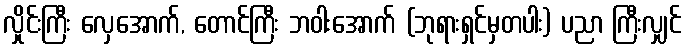
လှိုင်းကြီး လှေအောက်, တောင်ကြီး ဘဝါးအောက် (ဘုရားရှင်မှတပါး) ပညာ ကြီးလျှင်